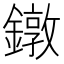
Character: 鐓